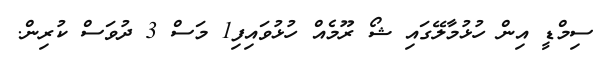
ސިމްޑީ އިން ހުޅުމާލޭގައި ޝޯ ރޫމެއް ހުޅުވައިފި1 މަސް 3 ދުވަސް ކުރިން.